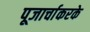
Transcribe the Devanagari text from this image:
पूजार्चाकरके